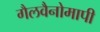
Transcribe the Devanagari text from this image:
गैलवैनोमापी